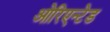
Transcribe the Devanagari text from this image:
ओरिएन्टेड